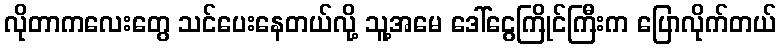
လိုတာကလေးတွေ သင်ပေးနေတယ်လို့ သူ့အမေ ဒေါ်ငွေကြိုင်ကြီးက ပြောလိုက်တယ်